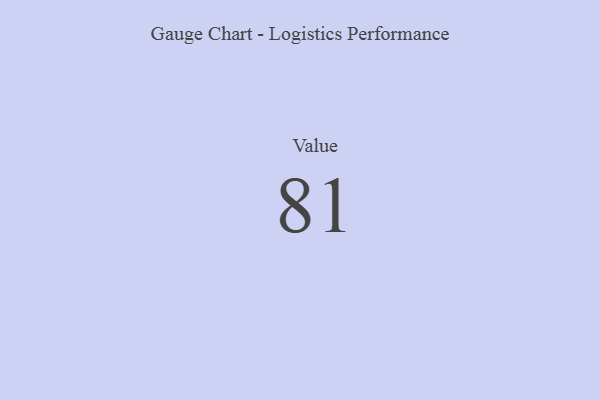
{"axis": {"x": "Metric", "y": "Value"}, "legend": [""], "data": [{"x": "Value", "y": 81, "type": ""}]}